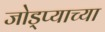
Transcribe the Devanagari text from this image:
जोड्प्याच्या